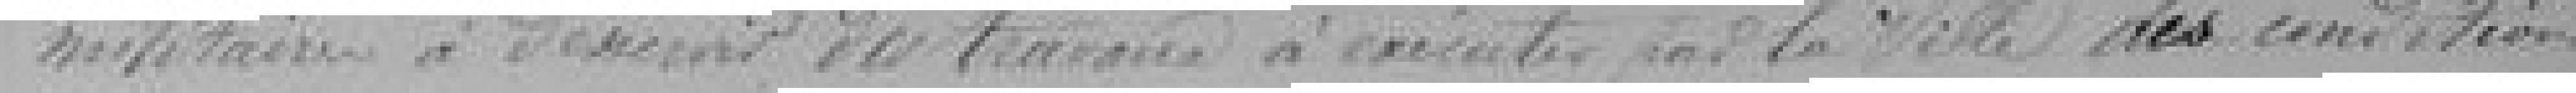
militaire à desservir des travaux à exécuter pour la ville des conditions